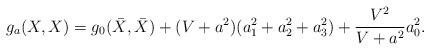
LaTeX: \begin{align*}g_a(X,X) = g_0(\bar{X},\bar{X}) + (V + a^2)(a_1^2 + a_2^2 + a_3^2) + \frac{V^2}{V + a^2}a_0^2.\end{align*}